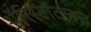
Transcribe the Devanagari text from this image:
ॲरिस्टॉटलचे